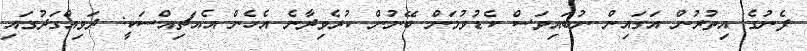
ފެނުގެ އިތުރުން އަގައިން ނުބައިވަސް ކެޑުވުމަށް ބޭނުން ކުރެވިދާނެ އެހެން އެއަޗިއްސަކީ: ދަވިއްގަދުގައި